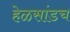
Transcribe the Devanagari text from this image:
हेळसांडच